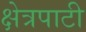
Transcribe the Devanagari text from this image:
क्षेत्रपाटी